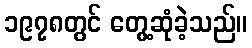
၁၉၇၈တွင် တွေ့ဆုံခဲ့သည်။